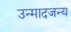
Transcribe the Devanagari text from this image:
उन्मादजन्य